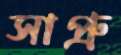
সাপ্রু